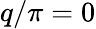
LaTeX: q/\pi=0